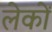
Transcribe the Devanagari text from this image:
लेकों